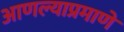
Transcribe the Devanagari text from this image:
आणल्याप्रमाणे